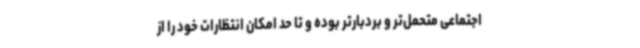
اجتماعی متحمل‌تر و بردبارتر بوده و تا حد امکان انتظارات خود را از